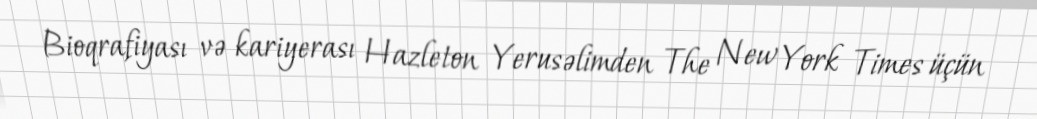
Bioqrafiyası və kariyerası Hazleton Yerusəlimden The New York Times üçün